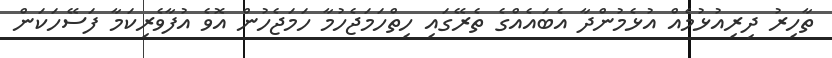
ތާހިރު ދިރިއުޅުމެއް އުޅެމުންދާ އެބައެއްގެ ތެރޭގައި ހިތްހަމަޖެހުމާ ހަމަޖެހުން އޮވެ އުފާވެރިކަމާ ފަސޭހަކަން